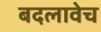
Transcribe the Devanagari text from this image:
बदलावेच